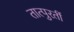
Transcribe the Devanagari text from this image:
तात्पुरतीं